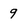
Character: 9